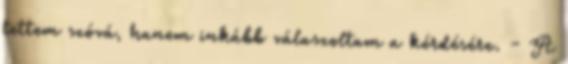
tettem szóvá, hanem inkább válaszoltam a kérdésére. - A